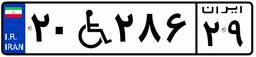
۳۱W۰۰۷۹۷